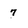
Character: 7